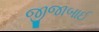
જીજાબાઈ